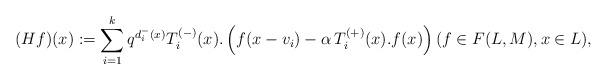
LaTeX: \begin{align*}(Hf)(x):=\sum_{i=1}^{k}q^{d_{i}^{-}(x)}T_{i}^{(-)}(x).\left( f(x-v_{i})-\alpha \, T_{i}^{(+)}(x).f(x)\right) (f \in F(L, M), x \in L), \end{align*}